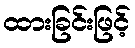
ထားခြင်းဖြင့်